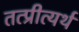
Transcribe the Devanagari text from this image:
तत्प्रीत्यर्थ